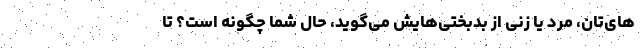
های‌تان، مرد یا زنی از بدبختی‌هایش می‌گوید، حال شما چگونه است؟ تا